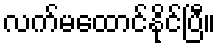
လက်မထောင်နိုင်ပြီ။